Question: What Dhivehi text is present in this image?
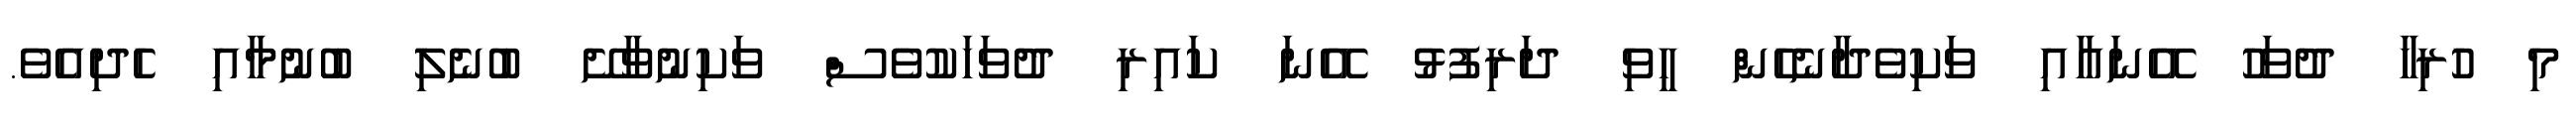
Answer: މި ހުރިހާ ދުވަހު އޭނައާއި ވަކިވެދާނެހެން ހީވި ދަރިފުޅު އޭނަ ކައިރި ދުވަހަކުވެސް ވަކިނުވާށޭ ބުނެލި ބުނުމާއި ހެދިއެވެ.